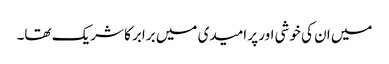
میں ان کی خوشی اور پر امیدی میں برابر کا شریک تھا۔